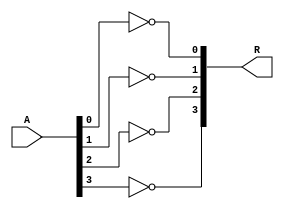
module _4bit_not (R, A);
input [3:0] A;
output [3:0] R;
not not0(R[0], A[0]);
not not1(R[1], A[1]);
not not2(R[2], A[2]);
not not3(R[3], A[3]);

endmodule